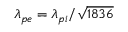
\lambda _ { p e } = \lambda _ { p i } / \sqrt { 1 8 3 6 }